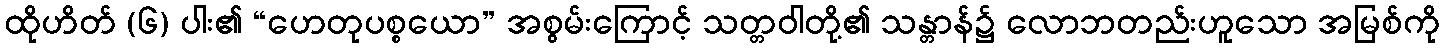
ထိုဟိတ် (၆) ပါး၏ “ဟေတုပစ္စယော” အစွမ်းကြောင့် သတ္တဝါတို့၏ သန္တာန်၌ လောဘတည်းဟူသော အမြစ်ကို